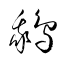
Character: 鵝